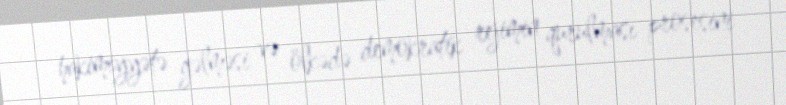
hakimiyyətə gəlməsi və ölkədə demokratik rejimin qurulması prosesini